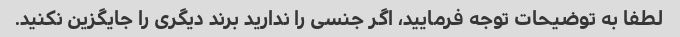
لطفا به توضیحات توجه فرمایید، اگر جنسی را ندارید برند دیگری را جایگزین نکنید.